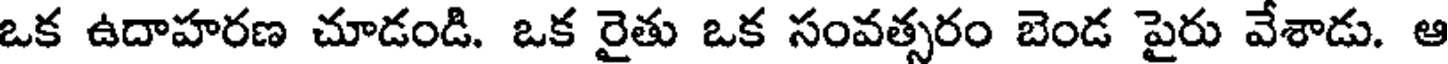
ఒక ఉదాహరణ చూడండి. ఒక రైతు ఒక సంవత్సరం బెండ పైరు వేశాడు. ఆ